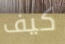
كيف